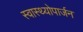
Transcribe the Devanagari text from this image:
स्वास्थ्योपार्जन